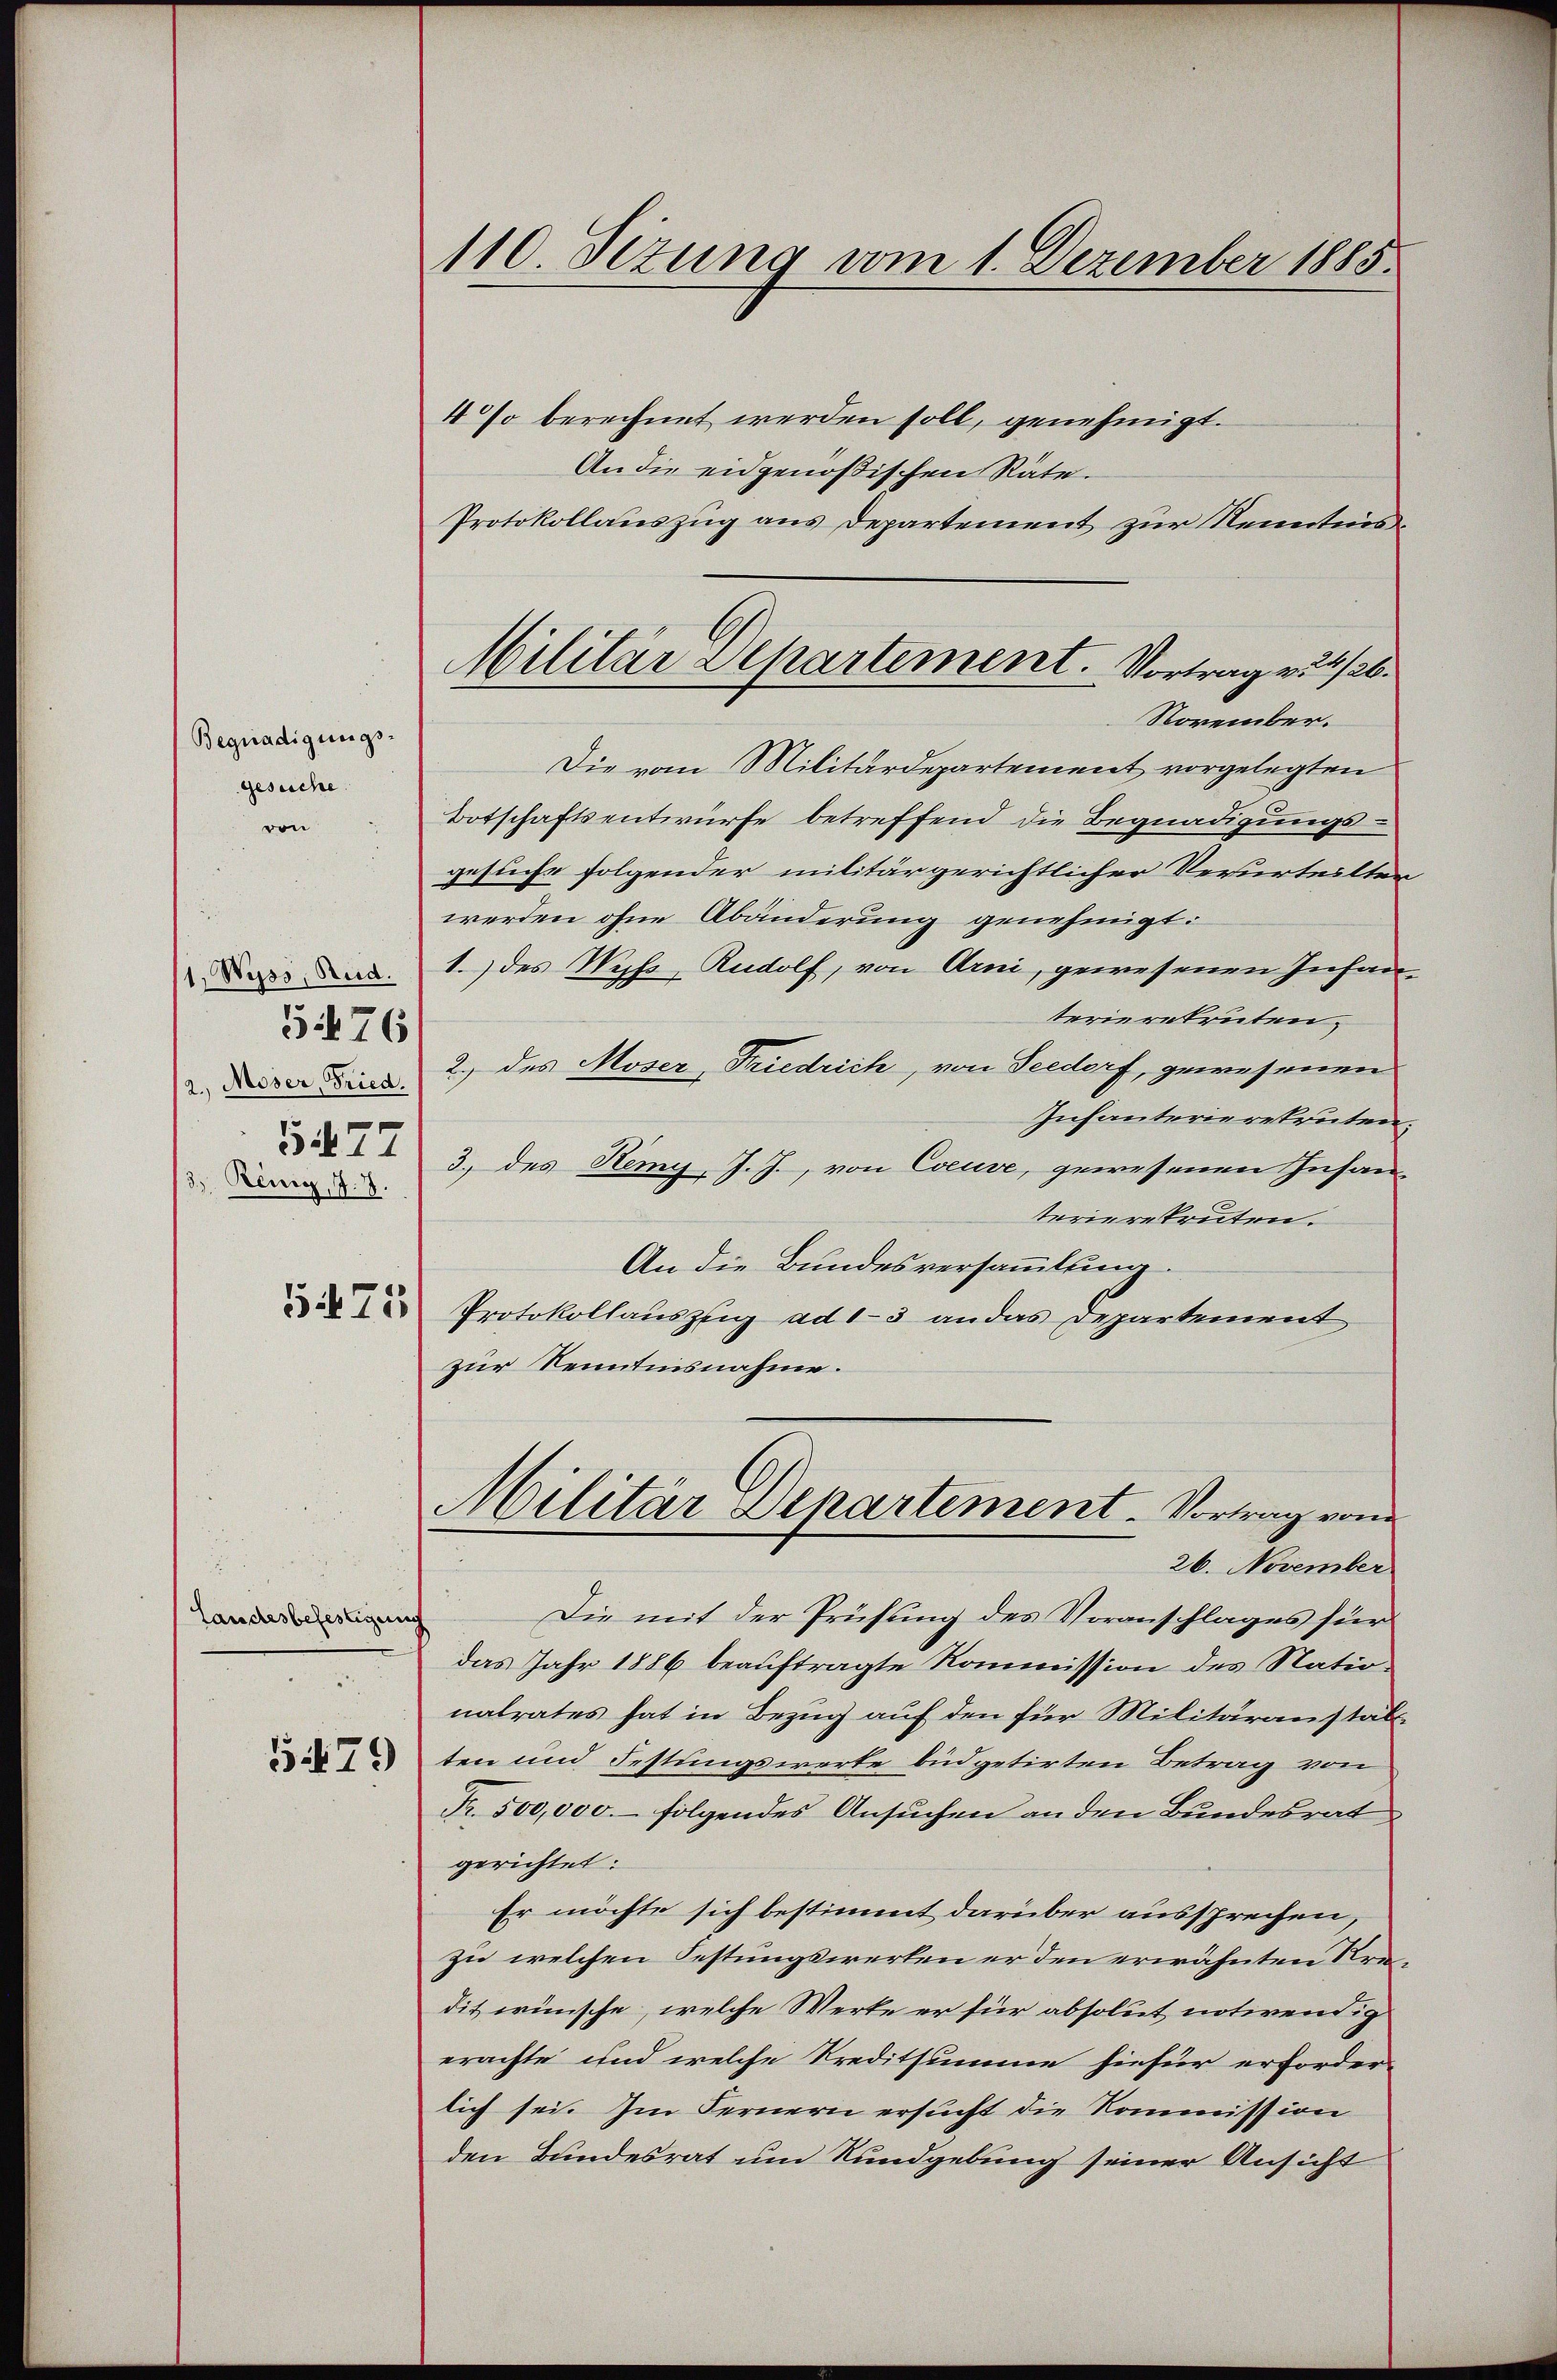
Begnadigungs-
gesuche.
von

1. Wyss, Rud.
5476
2. Moser, Fried.
5477
3). König, 7.7.

5475

Landesbefestigen

1479

110. Sizung vom 1. Dezember 1885.

4 so berechnet werden soll, genehmigt.
An die eidgenößischen Räte.
Protokollauszug aus Departement zur Kenntnis¬
November.
Die vom Militärdepartement vorgelegten
Botschaftsentwürfe betreffend die Begnadigungs-
gesuche folgender militärgerichtlicher Verurteilter
werden ohne Abänderung genehmigt:
1.) des Meß Rudolf, von Arni, gewesenen Infanterierekruten.
2.) des Moser, Friedrich, von Seedorf, gewesenen
Infanterierekruten.
3) des Kemy, J. J., von Coeuve, gewesenen Insanterierekruten.
An die Bundesversammlung.
Protokollauszug ad 1-3 an das Departement
zur Kenntnisnahme.
Militär Departement. Vortrag vom
26. November
Die mit der Prüfung des Voranschlages für
das Jahr 1886 beauftragte Kommission des Nationalrates hat in Bezug auf den für Militäranstals
ten und Festungswerte büdgetirten Betrag von
Fr. 500,000.- folgendes Ansuchen an den Bundesrat
gerichtet:
Er möchte sich bestimmt darüber aussprechen,
zu welchen Festungswerten er den erwähnten Kredit wünsche, welche Werte er für absolut notwendig
erachte und welche Kreditsumme hiefür erforder-
lich sei. Im Fernern ersucht die Kommission
den Bundesrat um Rundgebung seiner Ansicht

Militär Departement. Vortrag v. 4/26.